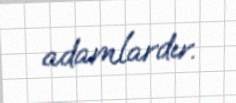
adamlardır.